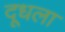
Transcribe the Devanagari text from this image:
दूधला